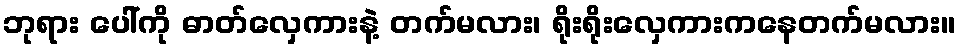
ဘုရား ပေါ်ကို ဓာတ်လှေကားနဲ့ တက်မလား၊ ရိုးရိုးလှေကားကနေတက်မလား။